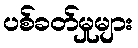
ပစ်ခတ်မှုများ